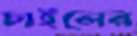
চাইলের